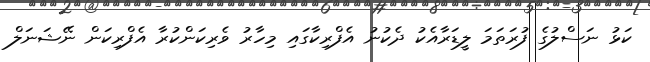
ކަޅު ނަސްލުގެ ފުރަތަމަ ލީޑަރާއެކު ދެކުނު އެފްރިކާގައި މިހާރު ވެރިކަންކުރާ އެފްރިކަން ނޭޝަނަލް